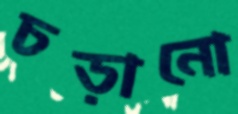
চড়ানো